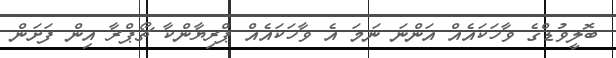
ބޮލީވުޑްގެ ވާހަކައެއް އަންނަ ނަމަ އެ ވާހަކައެއް ޕްރިޔާންކާ ޗޯޕްރާ އިން ފަށަން